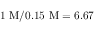
1 ~ \mathrm { M } / 0 . 1 5 ~ \mathrm { M } = 6 . 6 7